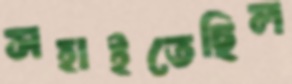
সহাইতেছিল